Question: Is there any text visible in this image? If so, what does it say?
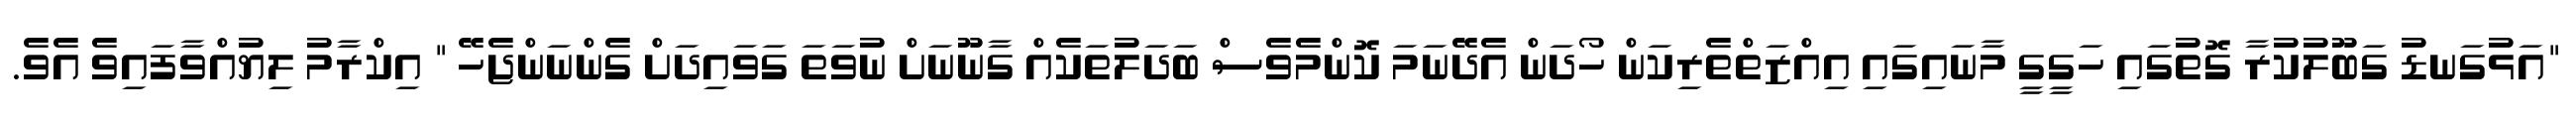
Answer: "އަޅުގަނޑު ގަބޫލުކުރާ ގޮތުގައި ހަގީގީ މާނައިގައި އިއްޒަތްތެރިކަން ހޯދަން އެދޭނަމަ ކޮންމެވެސް ބަދަލުތަކެއް ގާނޫނަށް ނުވަތަ ގަވައިދަށް ގެންނަންޖެހޭ " އިކްރާމު ލިޔުއްވާފައިވެ އެވެ.